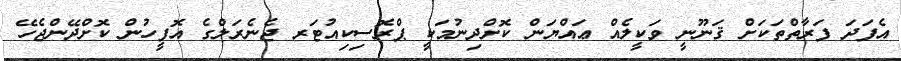
އެފަދަ ފަރާތްތަކަށް ޤަނޫނީ ވަކީލެއް ޢައްޔަން ކޮށްދިނުމަކީ ޕްރޮސިކިއުޓަރ ޖެނެރަލްގެ އޮފީހުން ކޮށްދޭންޖެހޭ